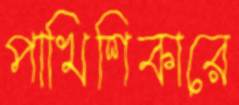
পাখিশিকারে